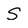
Character: S